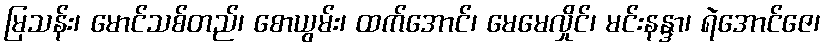
မြသန်း၊ မောင်သစ်တည်၊ စောယွမ်း၊ ထက်အောင်၊ မေမေလှိုင်၊ မင်းနန္ဒာ၊ ရဲအောင်ဇေ၊